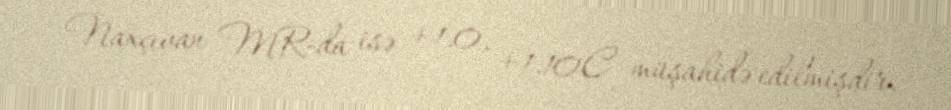
Naxçıvan MR-da isə +1.0, +1.10C müşahidə edilmişdir.